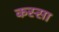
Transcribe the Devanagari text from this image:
कस्सा